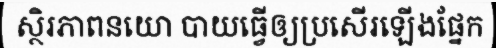
ស្ថិរភាពនយោ បាយធ្វើឲ្យប្រសើរឡើងផ្នែក